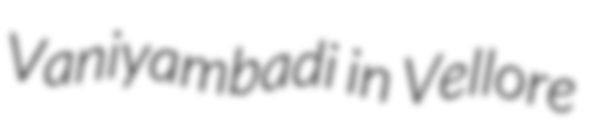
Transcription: Vaniyambadi in Vellore